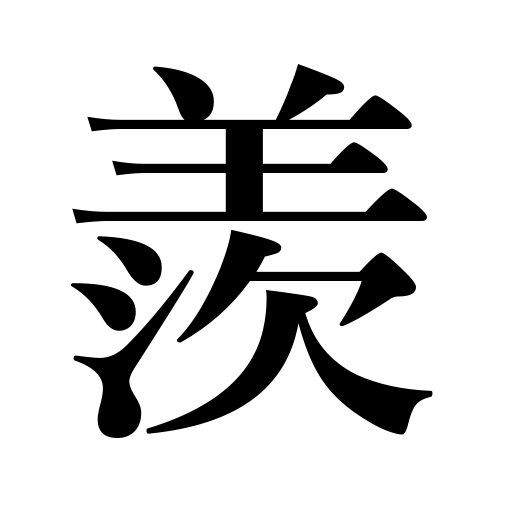
Meanings: be jealous,be envious,enviable,covet